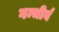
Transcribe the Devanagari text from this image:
गम्भीर्य